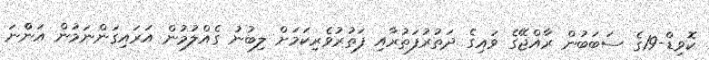
ކޮވިޑް-19ގެ ސަބަބުން ރާއްޖޭގެ ވައިގެ ދަތުރުފަތުރާއި ފަތުރުވެރިކަމަށް ލިބުނު ގެއްލުމުން އަރައިގަންނަމުން އަންްނަ